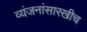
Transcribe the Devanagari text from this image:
व्यंजनांसारखीच